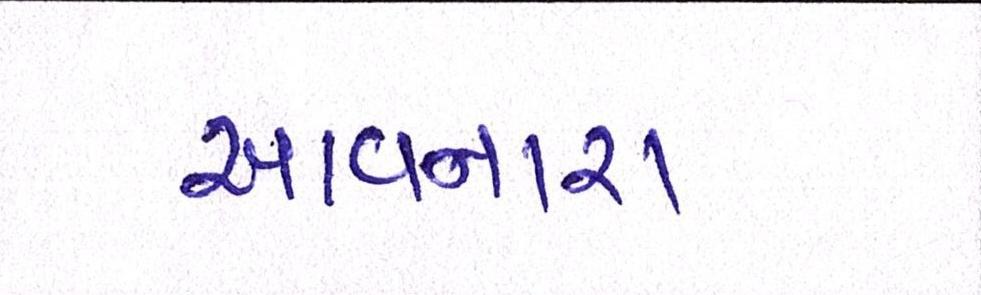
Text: આવનારા